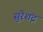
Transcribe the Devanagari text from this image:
सुरेशंद्र